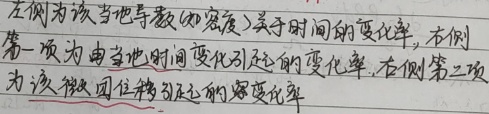
左侧为该当地导数（如密度）关于时间的变化率，右侧第一项为由当地时间变化引起的变化率，右侧第二项为该微团位移引起的变化率。